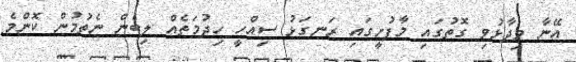
އޭނާ ވިދާޅުވި ގޮތުގައި މާފުށީގައި ރަނގަޅު ސިއްހީ ހިދުމަތެއް ލިބެން ނެތުމުން ކޮންމެ